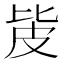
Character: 㿫